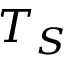
T _ { S }